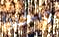
وأخيرا